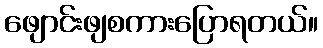
ဖျောင်းဖျစကားပြောရတယ်။